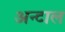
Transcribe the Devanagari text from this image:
अन्टाल